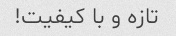
تازه و با کیفیت!